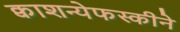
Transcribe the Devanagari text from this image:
क्वाशन्येफस्कीने